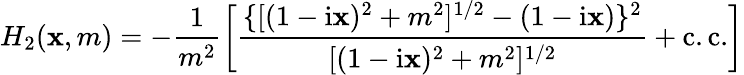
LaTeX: H_{2}(\mathbf{x},m)=-\frac{{1}}{{m^{2}}}\biggl[\frac{{\{ [(1-\mathrm{{i}}\mathbf{x})^{2}+m^{2}]^{1/2}-(1-\mathrm{{i}}\mathbf{x})\} ^{2}}}{{[(1-\mathrm{{i}}\mathbf{x})^{2}+m^{2}]^{1/2}}}+\mathrm{{c.c.}}\biggr]